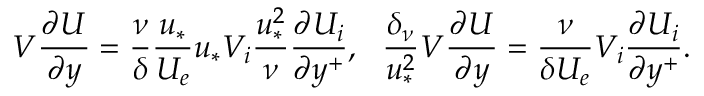
V \frac { \partial U } { \partial y } = \frac { \nu } { \delta } \frac { u _ { * } } { U _ { e } } u _ { * } V _ { i } \frac { u _ { * } ^ { 2 } } { \nu } \frac { \partial U _ { i } } { \partial y ^ { + } } , \ \ \frac { \delta _ { \nu } } { u _ { * } ^ { 2 } } V \frac { \partial U } { \partial y } = \frac { \nu } { \delta U _ { e } } V _ { i } \frac { \partial U _ { i } } { \partial y ^ { + } } .